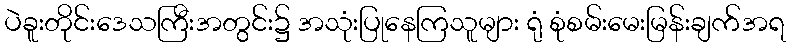
ပဲခူးတိုင်းဒေသကြီးအတွင်း၌ အသုံးပြုနေကြသူများ ရုံ စုံစမ်းမေးမြန်းချက်အရ